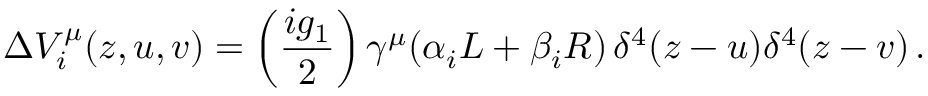
\Delta V _ { i } ^ { \mu } ( z , u , v ) = \left( \frac { i g _ { 1 } } { 2 } \right) \gamma ^ { \mu } ( \alpha _ { i } L + \beta _ { i } R ) \, \delta ^ { 4 } ( z - u ) \delta ^ { 4 } ( z - v ) \, .